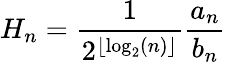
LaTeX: H_{n}={\frac{1}{2^{\lfloor\log_{2}(n)\rfloor}}}{\frac{a_{n}}{b_{n}}}